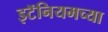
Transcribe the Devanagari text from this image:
इटॅनियमच्या